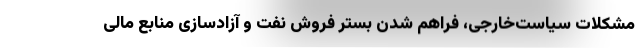
مشکلات سیاست‌خارجی، فراهم شدن بستر فروش نفت و آزادسازی منابع مالی